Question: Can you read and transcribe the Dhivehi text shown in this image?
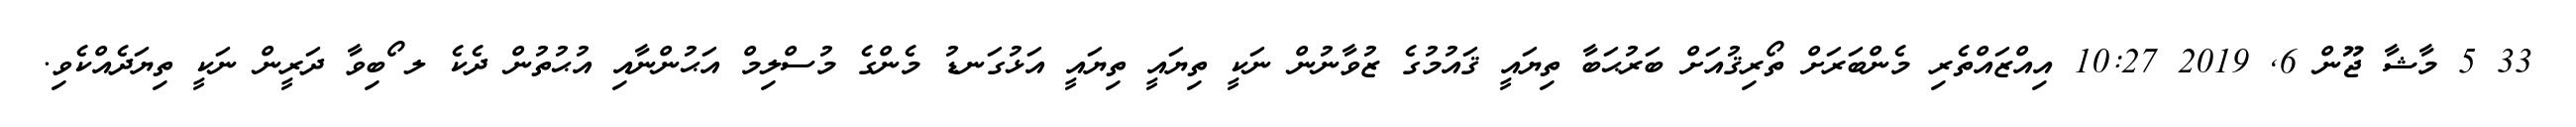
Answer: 33 5 މާޝާ ޖޫން 6, 2019 10:27 އިއްޒައްތެރި މެންބަރަށް ތޯރިޤުއަށް ބަރުޙަބާ ތިޔައީ ޤައުމުގެ ޒުވާނުން ނަކީ ތިޔައީ ތިޔައީ އަޅުގަނޑު މެންގެ މުސްލިމް އަޙުންނާއި އުޙުތުން ދެކެ ލ ޯބިވާ ދަރީން ނަކީ ތިޔަދެއްކެވި.